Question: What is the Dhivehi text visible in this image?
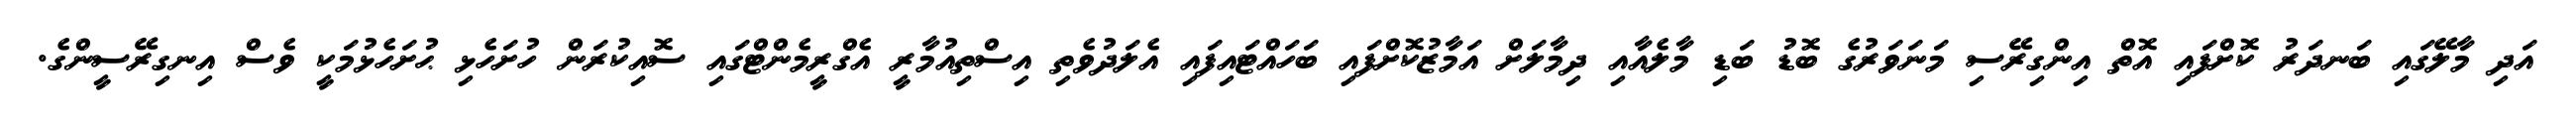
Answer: އަދި މާލޭގައި ބަނދަރު ކޮށްފައި އޮތް އިންގިރޭސި މަނަވަރުގެ ބޮޑު ބަޑި މާލެއާއި ދިމާލަށް އަމާޒުކޮށްފައި ބަހައްޓައިފައި އެލަދުވެތި އިސްތިއުމާރީ އެގްރީމެންޓްގައި ސޮއިކުރަން ހުށަހެޅި ޙުށަހެޅުމަކީ ވެސް އިނގިރޭސީންގެ.